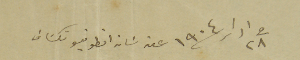
في ٢٨ ادار /١٩٠٤ عن سَان انطونيو تكسَاسَ